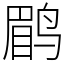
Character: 鹛